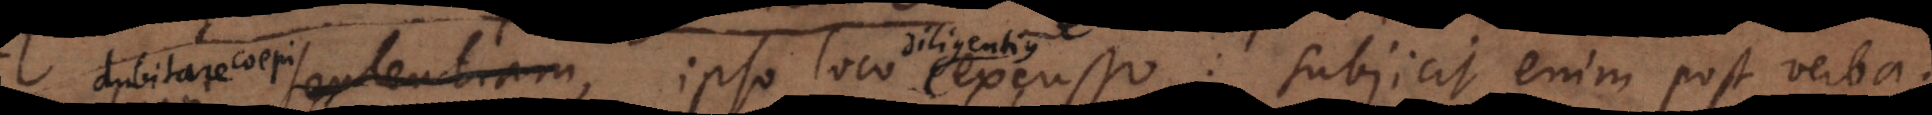
dubitare coepi, ipso loco excusso: subjicit enim post verba: